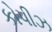
કોપીઝ